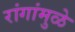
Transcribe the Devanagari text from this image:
रांगांमुळे